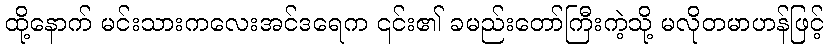
ထို့နောက် မင်းသားကလေးအင်ဒရေက ၎င်း၏ ခမည်းတော်ကြီးကဲ့သို့ မလိုတမာဟန်ဖြင့်